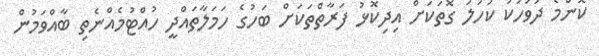
ކޮންމެ ދުވަހަކު ކަހަލަ ގޮތަކަށް އިދިކޮޅު ފަރާތްތަކަށް ބަހުގެ ހަމަލާތައްދީ ހުއްޓުމެއްނެތި ބާއްވަމުން